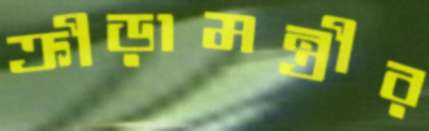
ক্রীড়ামন্ত্রীর